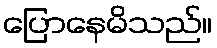
ပြောနေမိသည်။